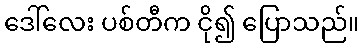
ဒေါ်လေး ပစ်တီက ငို၍ ပြောသည်။